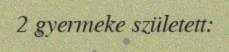
2 gyermeke született: